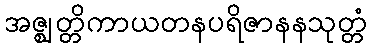
အဇ္ဈတ္တိကာယတနပရိဇာနနသုတ္တံ